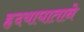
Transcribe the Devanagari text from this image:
हृदयाघाताने